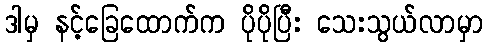
ဒါမှ နင့်ခြေထောက်က ပိုပိုပြီး သေးသွယ်လာမှာ